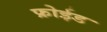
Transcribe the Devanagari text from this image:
फ्रोईड